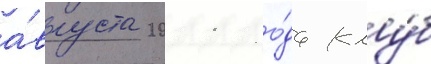
а́вгуста 2011 го́да клу́б